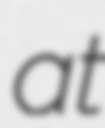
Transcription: at